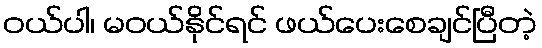
ဝယ်ပါ၊ မဝယ်နိုင်ရင် ဖယ်ပေးစေချင်ပြီတဲ့